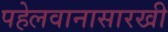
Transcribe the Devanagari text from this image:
पहेलवानासारखी